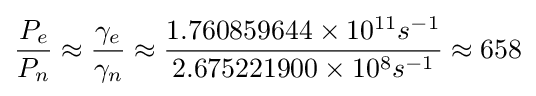
{P_{e} \over P_{n}}\approx {\gamma _{e} \over \gamma _{n}}\approx {{1.760859644\times 10^{11}s^{-1}} \over {2.675221900\times 10^{8}s^{-1}}}\approx 658